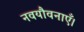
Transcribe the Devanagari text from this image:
नवयौवनाएँ।